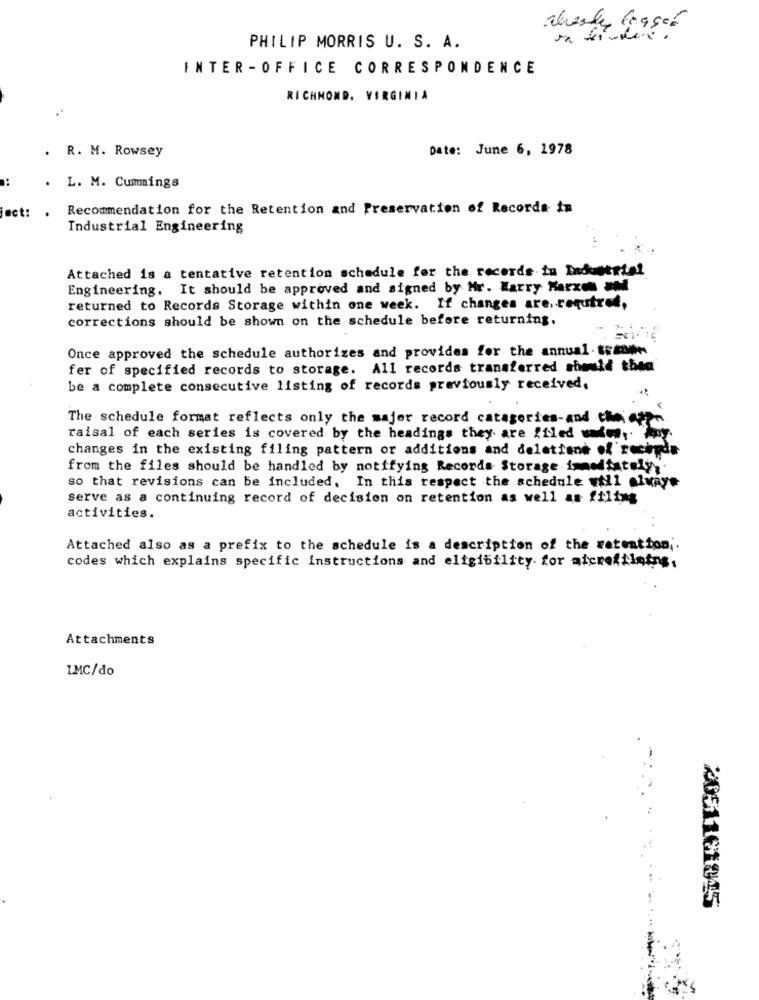
PHILIP MORRIS U. S. A.
INTER -OFFICE CORRESPONDENCE
RICHMOND, VIRGINIA
Date: June 6, 1978
. R. M. Rowsey
L. M. Cummings
Recommendation for the Retention and Preservation of Records in
ect: .
Industrial Engineering
Attached is a tentative retention schedule for the records in Industrial
Engineering. It should be approved and signed by Mr. Harry Karze an
returned to Records Storage within one week. If changes are. required,
corrections should be shown on the schedule before returning.
Once approved the schedule authorizes and provides for the annual . trzone
fer of specified records to storage. All records transferred should thea
be a complete consecutive listing of records previously received.
The schedule format reflects only the major record catagories-and then
raisal of each series is covered by the headings they are filed uden, hoy.
changes in the existing filing pattern or additions and delettand of recigde
from the files should be handled by notifying Records Storage immediately
so that revisions can be included. In this respect the schedule will always
serve as a continuing record of decision on retention as well as filing
activities.
Attached also as a prefix to the schedule is a description of the retention ;.
codes which explains specific instructions and eligibility for micrefilnins,
Attachments
1.MC/do
2051161045